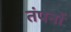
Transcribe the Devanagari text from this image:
तंपनों